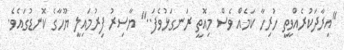
"އިރާދަކުރެއްވީތީ ހުރިހާ ކަމެއް ވެސް މިއޮތީ ރަނގަޅުވެފަ.." ޔާސިރު ފިރުމައިލީ ޔޫހާގެ ކޮނޑުގައެވެ.